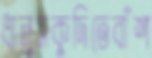
ধানুসকুদিতেবাঁশ